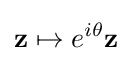
\mathbf {z} \mapsto e^{i\theta }\mathbf {z}